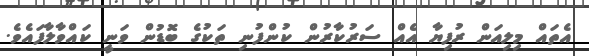
އެތައް މިިިލިއަން ރުފިޔާ އެއް ސަރުކާރުން ކުންފުނި ތަކުގެ ބޮޑުން ވަނީ ކައްވާލާފައެވެ.